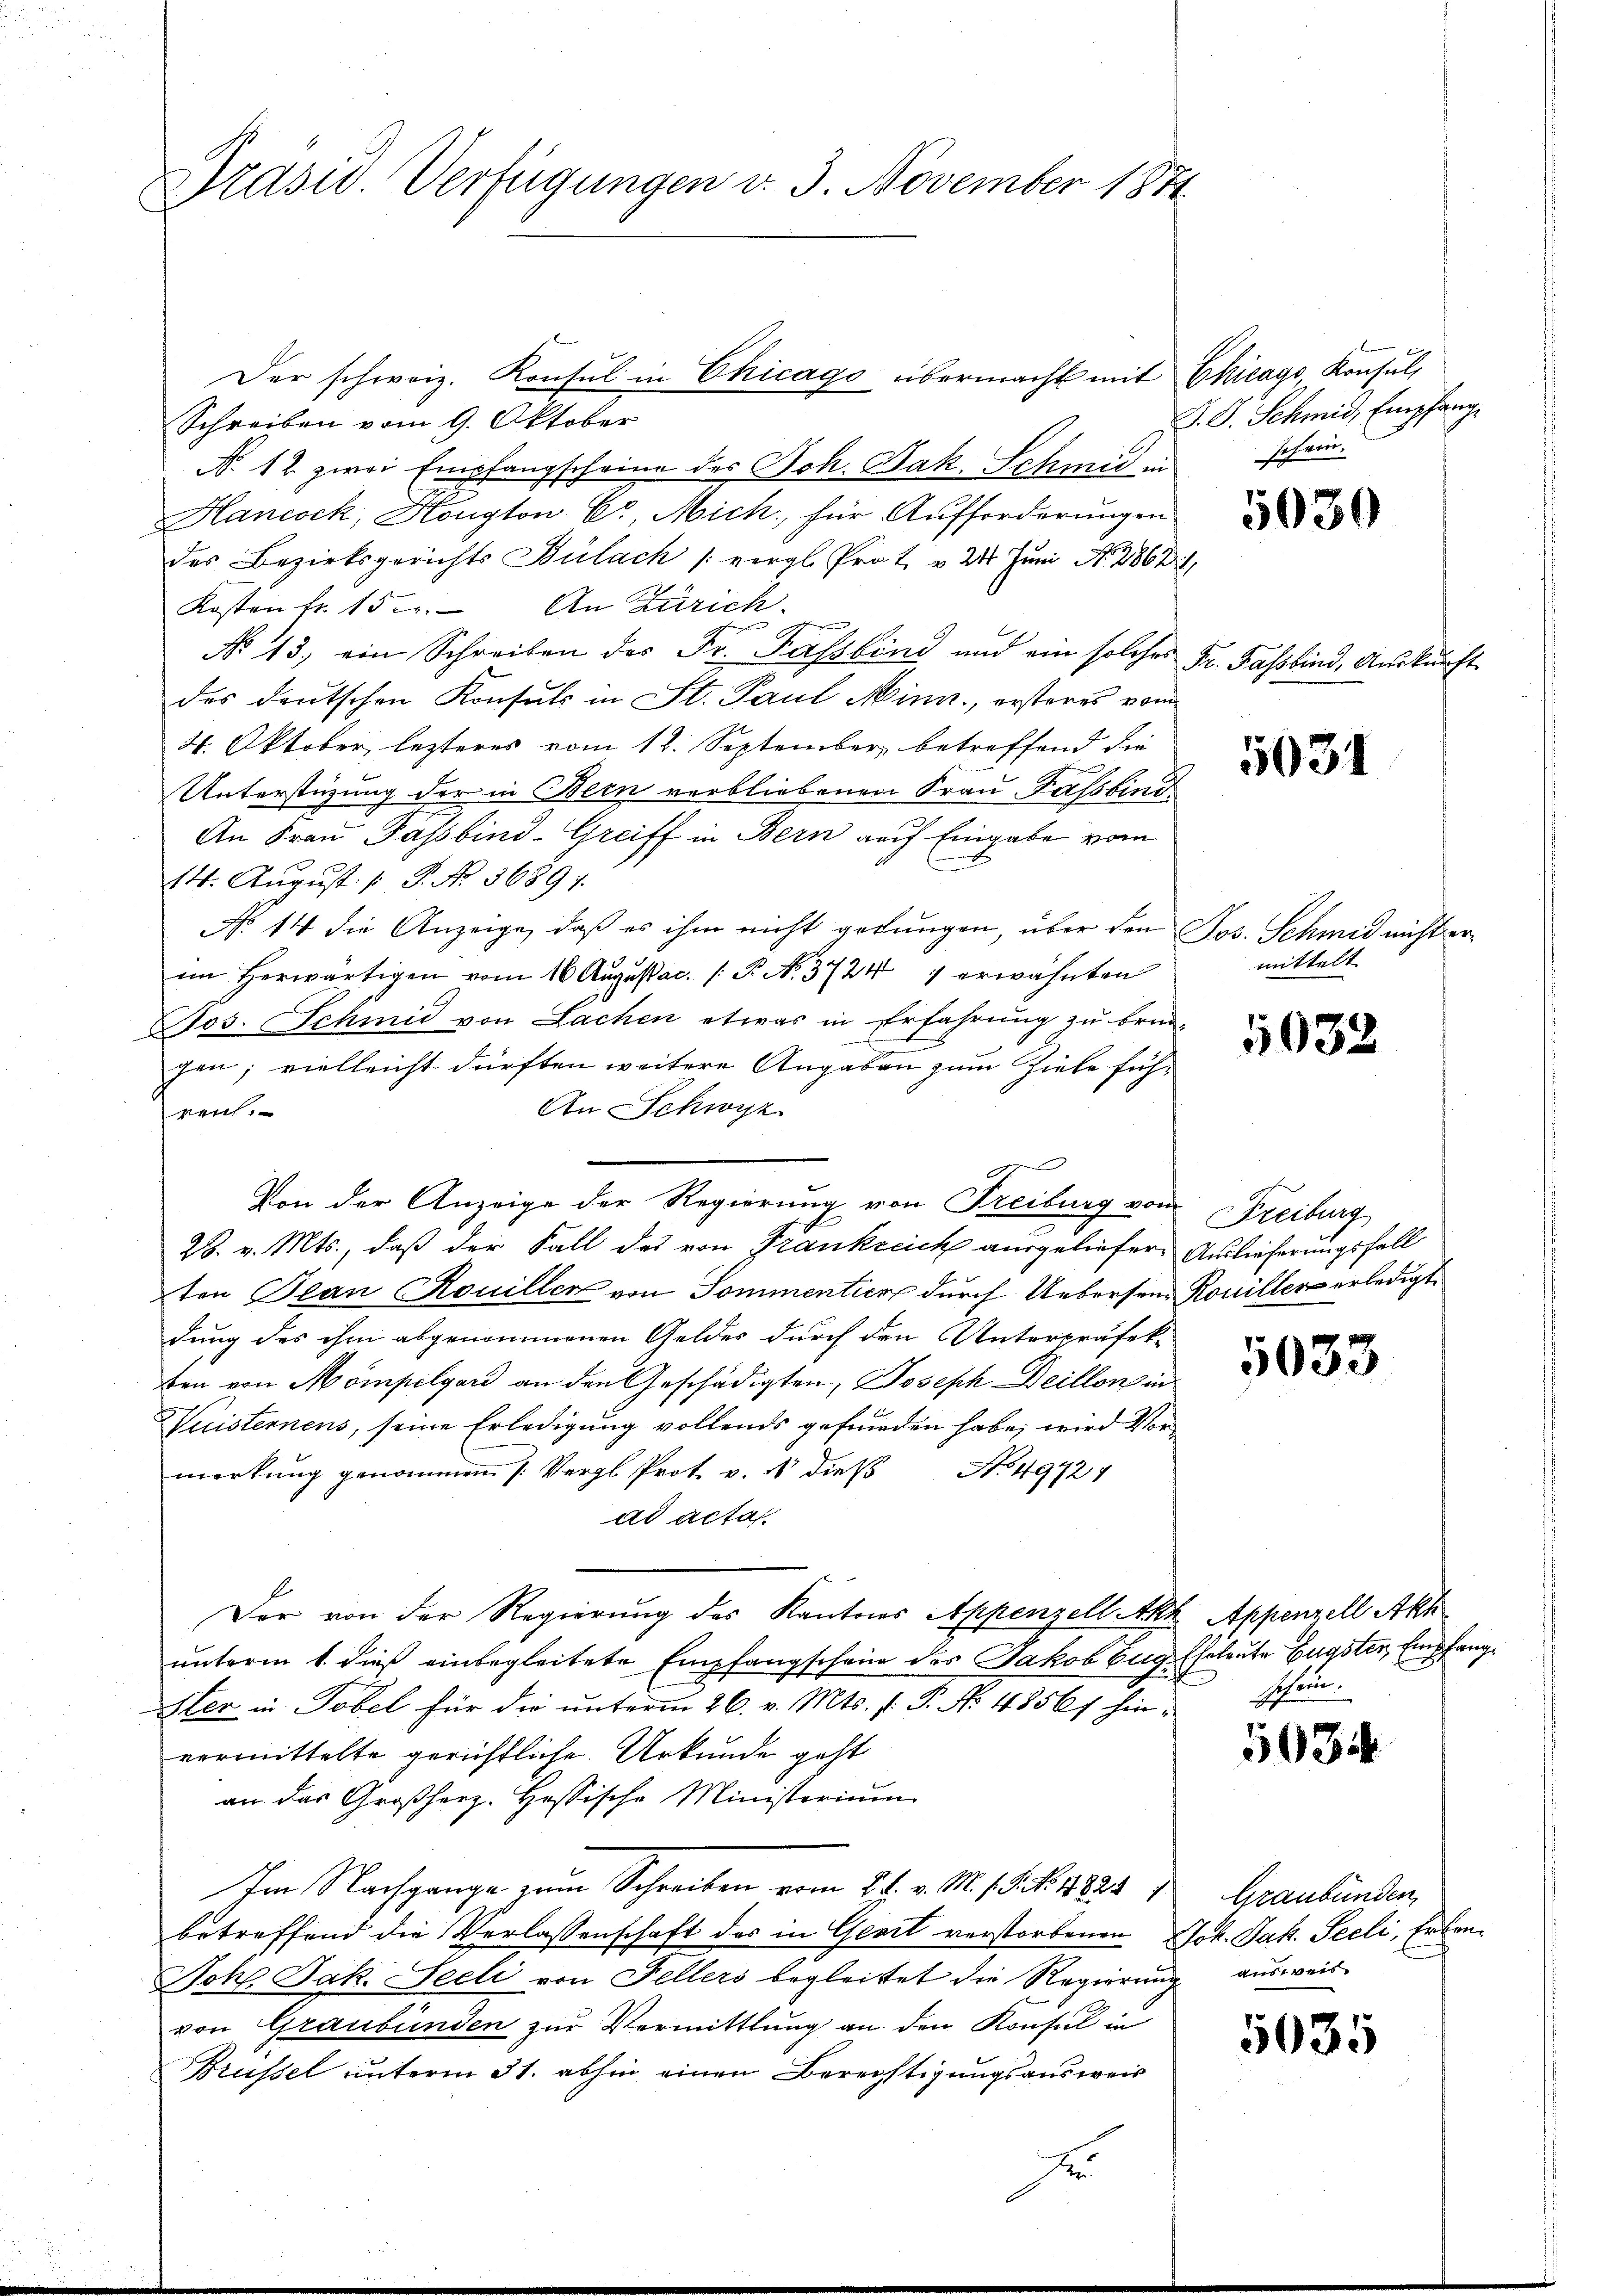
Präsid. Verfügungen d. 3. November 1871

Der schweiz. Konsul in Chicago übermacht mit
Schreiben vom 9. Oktober
No. 12. zwei Empfangscheine des Joh. Jak. Schmid in
Hancock, Kongton Cr, Mich für Aufforderungen
des Bezirksgerichts Bülach (vergl. Prot. v. 24 Juni N. 286
Kosten fr. 15. An Zürich
No 13. ein Schreiben des Fr. Fasslind und ein solches Hr. Fasslind, Auskunft
des deutschen Konsuls in St. Paul Minn, ersteres vom
4. Oktober, lezteres vom 12. September, betreffend die
Unterstüzung der in Bern verbliebenen Frau Passbind
An Frau Fassbind-Greiff in Bern auf Eingabe vom
14. August [ P. No. 36897.
No 14 die Anzeige, daß es ihm nicht gelungen, über den
im herwärtigen vom 16. Augustac. / P. N. 3724 1 erwähnten
Fos. Schmid von Lachen etwas in Erfahrung zu brin-
gen; vielleicht dürften weitere Angaben zum Ziele füh¬
An Schwyz
reih.
28. v. Mts., daß der Fall des von Frankreich ausgeliefern Auslieferungsfall
ten Plan Rouiller von Sommentier durch Uebersen Rouiller erledigt
dung des ihm abgenommenen Geldes durch den Unterpräfek-
ben von Mompilgard an den Geschädigten, Joseph Deillon in
Nuisternens, seine Erledigung vollends gefunden habe, wird Vormerkung genommen (Vergl. Prot. v. es dieß
No. 49724
ad acta.
Der von der Regierung des Kantons Appenzell Akt Appenzell Akk
unterm 1. dieß einbegleitete Empfangschein des Jakob Eug
ster in Tobel für die unterm 26. v. Mts. f. P. No 4856/ hinvormittelte gerichtliche Urkunde geht
an das Großherz. Hessische Ministerium
Im Nachgange zum Schreiben vom 24. v. M. 18. No. 1828 1
betreffend die Verlassenschaft des in Geort verstorbenen
Joh. Jak. Seeli von Fellers begleitet die Regierung ausweis
von Graubünden zur Vermittlung an den Konsul in
Brüssel unterm 31. abhin einen Berechtigungsausweis

1
Von der Anzeige der Regierung von Freiburg vom Freiburg

D

Chicago Konsul,
J. J. Schmid, Empfang
schein.

1

5030

5031

Jos. Schmid nicht ermittelt.

5032

5033

Eheleute Engster Empfang
schaue

5034

Graubünden,
Joh. Jak. Seeli, Erbre¬

5035